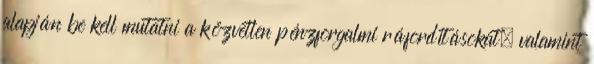
alapján be kell mutatni a közvetlen pénzforgalmi ráfordításokat, valamint